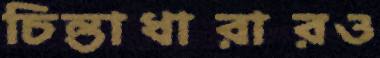
চিন্তাধারারও